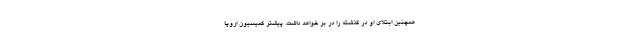
همچنین ابتلای او در گذشته را در بر خواهد داشت. پیشتر کمیسیون اروپا